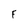
Character: F